DOW-UAP-D49, Launch Summary, Vandenberg AFB, 2000
Agency: Department of War
Incident date: 2/3/00
Page 57
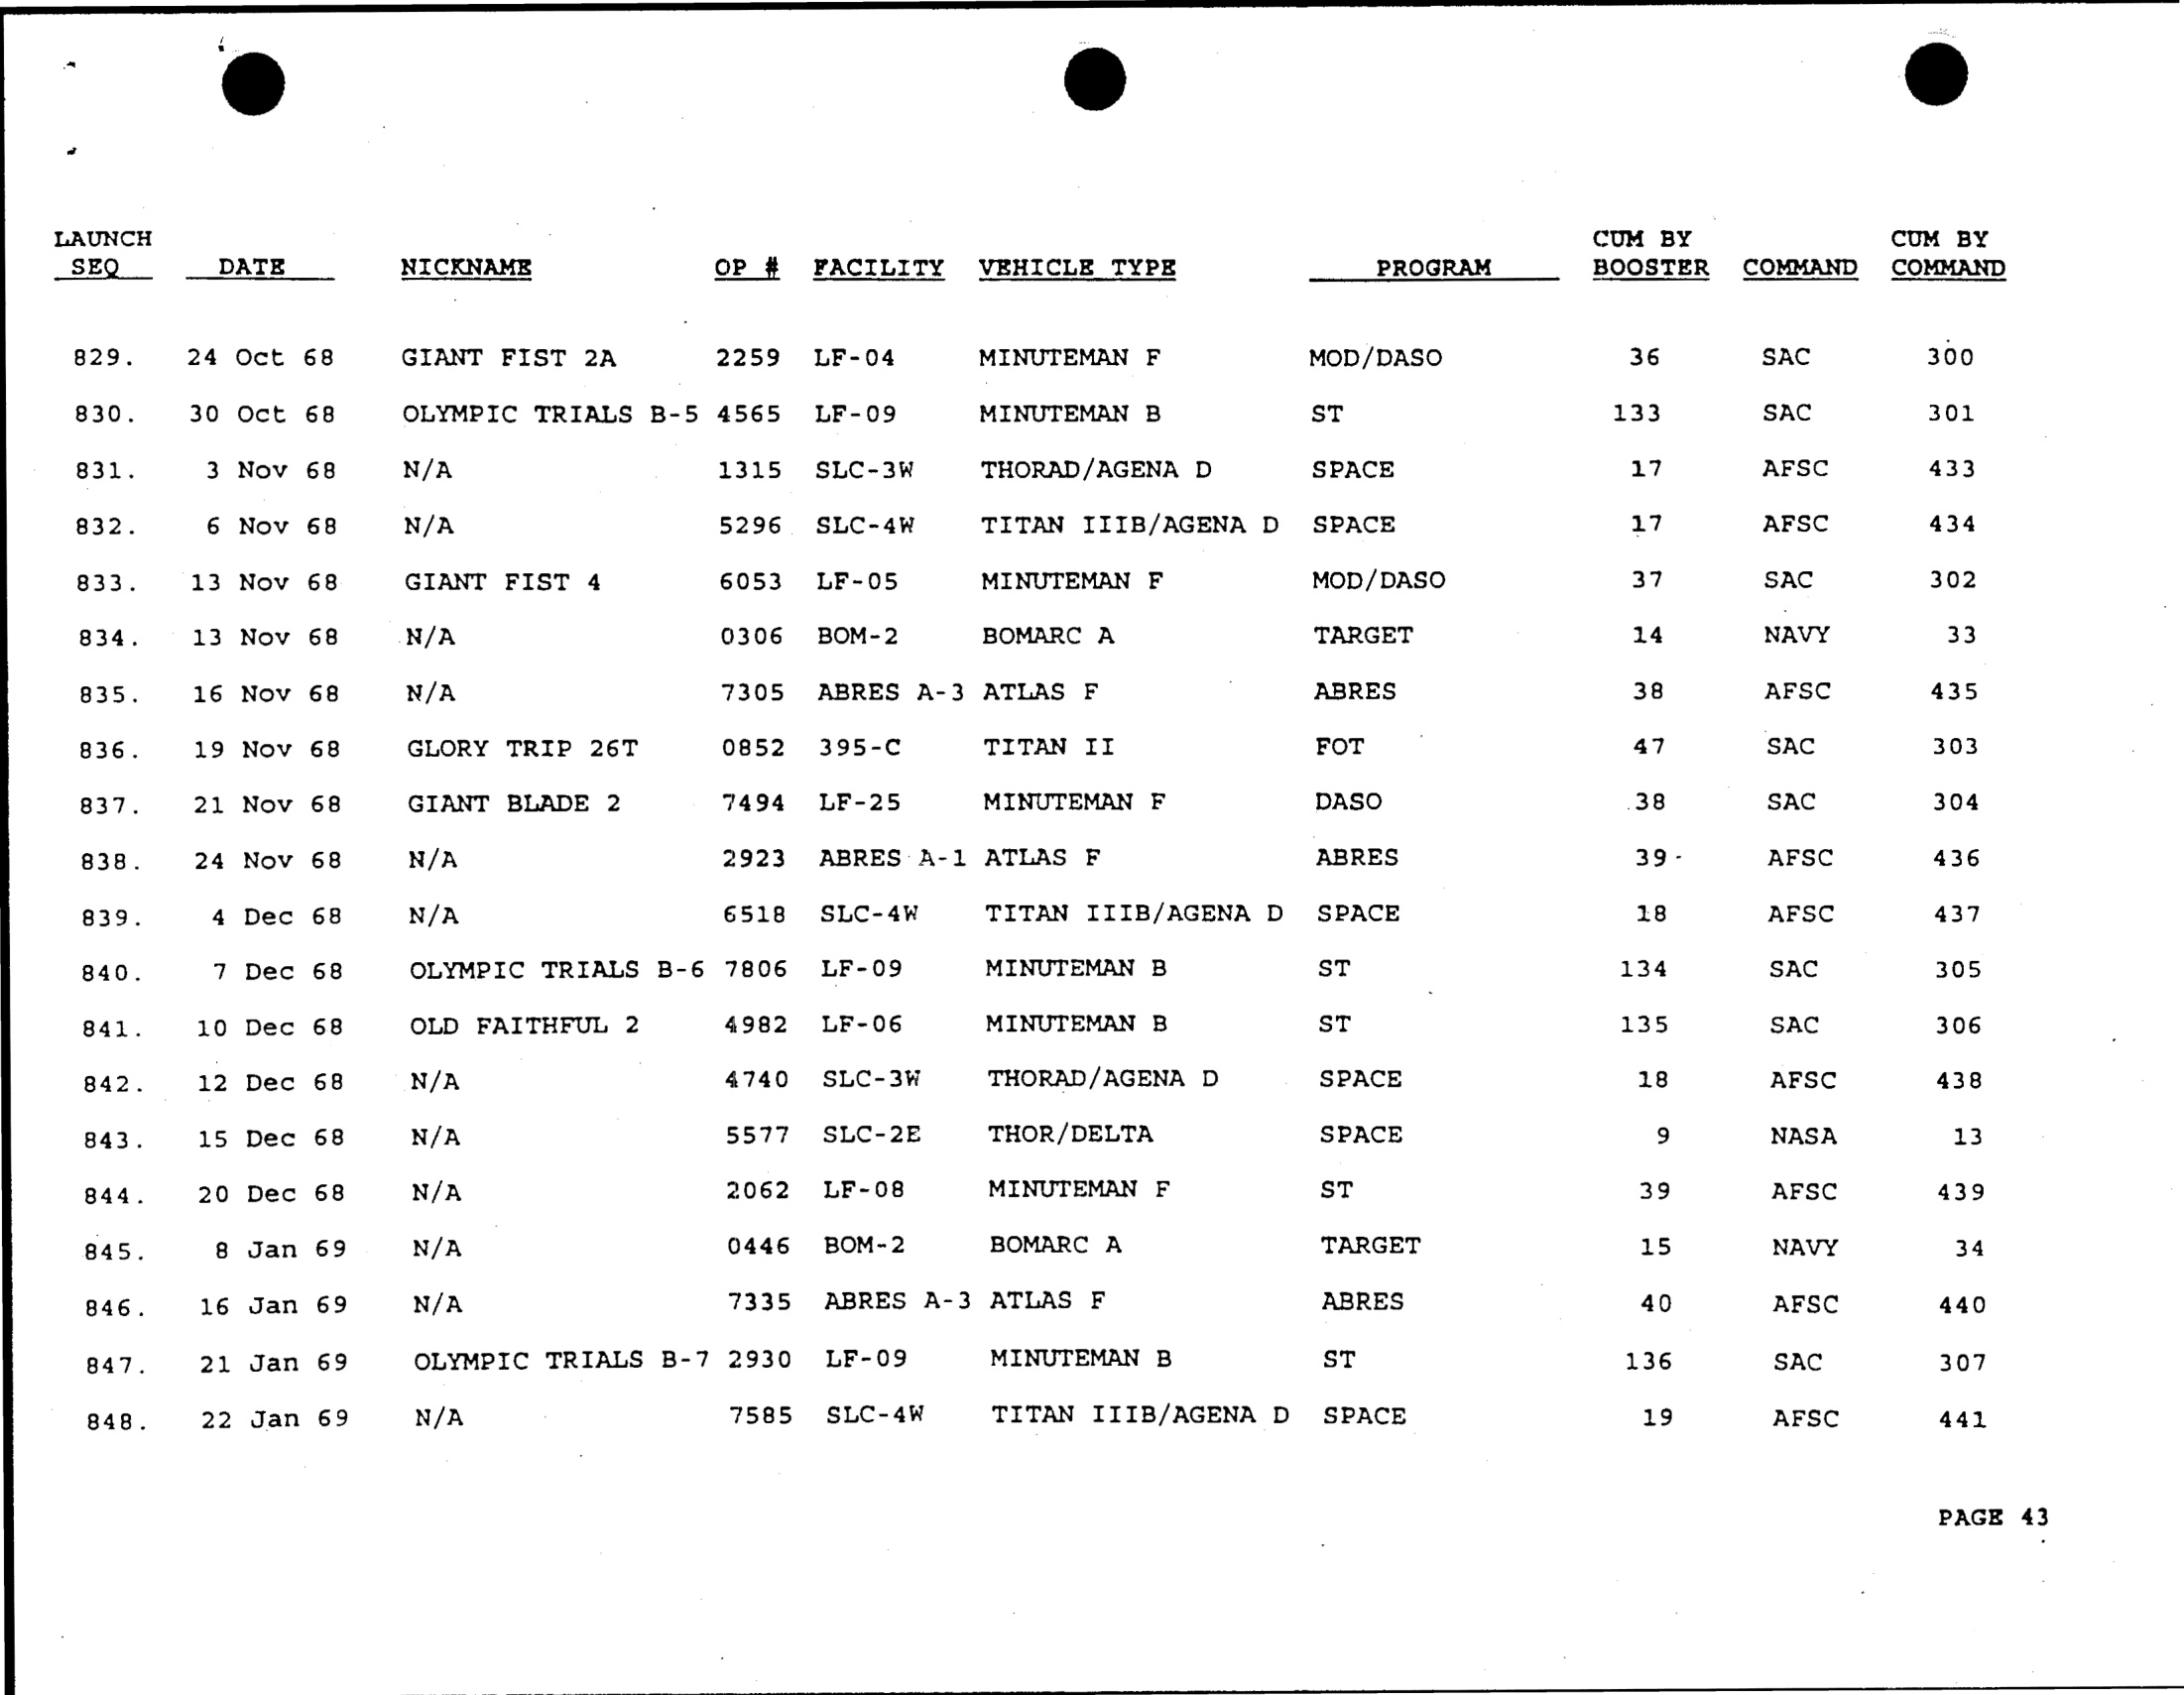